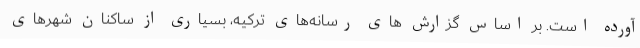
آورده است. بر اساس گزارش های رسانه‌های ترکیه، بسیاری از ساکنان شهرهای